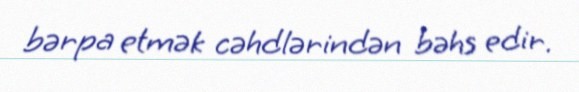
bərpa etmək cəhdlərindən bəhs edir.